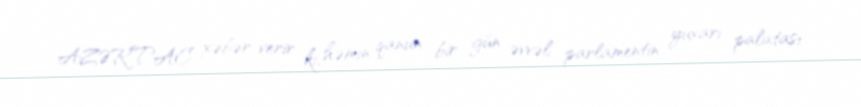
AZƏRTAC xəbər verir ki, həmin qanun bir gün əvvəl parlamentin yuxarı palatası